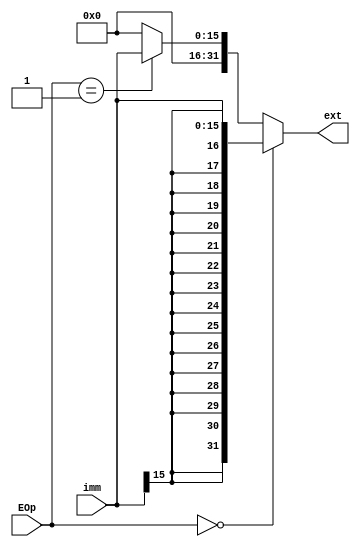
module ext(
		input [15:0] imm,
		input [1:0] EOp,
		output [31:0] ext
	);
	reg [31:0] res;
	assign ext=res;
	always @(*)
	begin
		if (EOp==2'b00)
		begin
			res<={{16{imm[15]}},imm};
		end
		else if (EOp==2'b01)
		begin
			res<={{16{0}},imm};
		end
		else if (EOp==2'b10)
		begin
			res<={imm,{16{0}}};
		end
		else
		begin
			res<={{14{imm[15]}},imm,{2{0}}};
		end
	end

endmodule